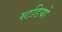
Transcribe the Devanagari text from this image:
स्टडियो